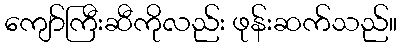
ကျော်ကြီးဆီကိုလည်း ဖုန်းဆက်သည်။